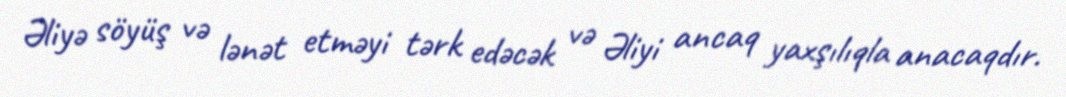
Əliyə söyüş və lənət etməyi tərk edəcək və Əliyi ancaq yaxşılıqla anacaqdır.